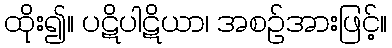
ထိုး၍။ ပဋိပါဋိယာ၊ အစဉ်အားဖြင့်။